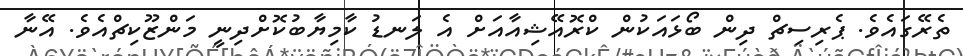
ތެރޭގައެވެ. ޕެރިސިޗް ދިން ބޯޅައަކުން ކްރޮއޭޝިއާއަށް އެ ލަނޑު ކާމިޔާބުކޮށްދިނީ މަންޒޫކިޗްއެވެ. އޭނާ